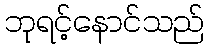
ဘုရင့်နောင်သည်